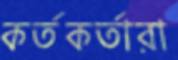
কর্তকর্তারা